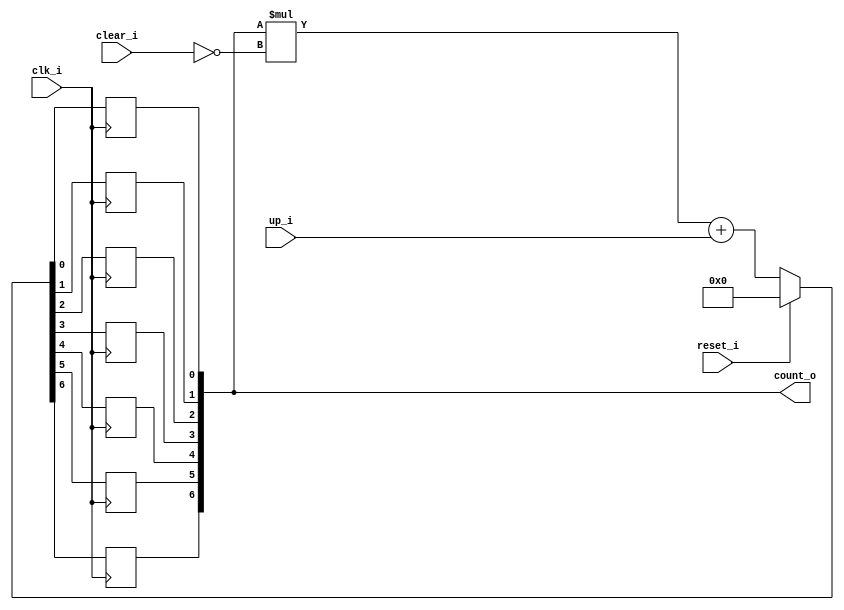
// This program was cloned from: https://github.com/NYU-MLDA/OpenABC
// License: BSD 3-Clause "New" or "Revised" License

module bsg_counter_clear_up_max_val_p64_init_val_p0
(
  clk_i,
  reset_i,
  clear_i,
  up_i,
  count_o
);

  output [6:0] count_o;
  input clk_i;
  input reset_i;
  input clear_i;
  input up_i;
  wire [6:0] count_o;
  wire N0,N1,N2,N3,N4,N5,N6,N7,N8,N9,N10,N11,N12,N13,N14,N15,N16,N17,N18,N19,N20,N21,
  N22,N23,N24,N25,N26;
  reg count_o_6_sv2v_reg,count_o_5_sv2v_reg,count_o_4_sv2v_reg,count_o_3_sv2v_reg,
  count_o_2_sv2v_reg,count_o_1_sv2v_reg,count_o_0_sv2v_reg;
  assign count_o[6] = count_o_6_sv2v_reg;
  assign count_o[5] = count_o_5_sv2v_reg;
  assign count_o[4] = count_o_4_sv2v_reg;
  assign count_o[3] = count_o_3_sv2v_reg;
  assign count_o[2] = count_o_2_sv2v_reg;
  assign count_o[1] = count_o_1_sv2v_reg;
  assign count_o[0] = count_o_0_sv2v_reg;

  always @(posedge clk_i) begin
    if(1'b1) begin
      count_o_6_sv2v_reg <= N19;
    end 
  end


  always @(posedge clk_i) begin
    if(1'b1) begin
      count_o_5_sv2v_reg <= N18;
    end 
  end


  always @(posedge clk_i) begin
    if(1'b1) begin
      count_o_4_sv2v_reg <= N17;
    end 
  end


  always @(posedge clk_i) begin
    if(1'b1) begin
      count_o_3_sv2v_reg <= N16;
    end 
  end


  always @(posedge clk_i) begin
    if(1'b1) begin
      count_o_2_sv2v_reg <= N15;
    end 
  end


  always @(posedge clk_i) begin
    if(1'b1) begin
      count_o_1_sv2v_reg <= N14;
    end 
  end


  always @(posedge clk_i) begin
    if(1'b1) begin
      count_o_0_sv2v_reg <= N13;
    end 
  end

  assign { N12, N11, N10, N9, N8, N7, N6 } = { N26, N25, N24, N23, N22, N21, N20 } + up_i;
  assign { N19, N18, N17, N16, N15, N14, N13 } = (N0)? { 1'b0, 1'b0, 1'b0, 1'b0, 1'b0, 1'b0, 1'b0 } : 
                                                 (N1)? { N12, N11, N10, N9, N8, N7, N6 } : 1'b0;
  assign N0 = reset_i;
  assign N1 = N2;
  assign { N26, N25, N24, N23, N22, N21, N20 } = count_o * N4;
  assign N2 = ~reset_i;
  assign N3 = N2;
  assign N4 = ~clear_i;
  assign N5 = N3 & N4;

endmodule